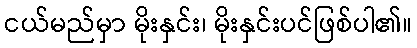
ငယ်မည်မှာ မိုးနှင်း၊ မိုးနှင်းပင်ဖြစ်ပါ၏။